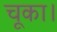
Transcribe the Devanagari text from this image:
चूका।